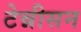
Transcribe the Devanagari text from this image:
टेन्नीसन